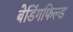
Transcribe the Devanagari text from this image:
बेडिंगफिल्ड